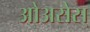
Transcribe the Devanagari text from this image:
ओअसेस्